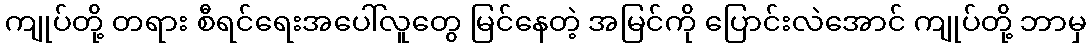
ကျုပ်တို့ တရား စီရင်ရေးအပေါ်လူတွေ မြင်နေတဲ့ အမြင်ကို ပြောင်းလဲအောင် ကျုပ်တို့ ဘာမှ